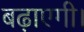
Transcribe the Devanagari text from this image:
बढ़ाएगी।